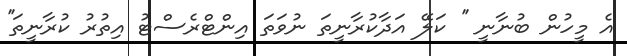
އެ މީހުން ބުނާނީ '' ކަލޭ އަދާކުރާނީތަ ނުވަތަ އިންޓްރެސްޓު އިތުރު ކުރާނީތަ''